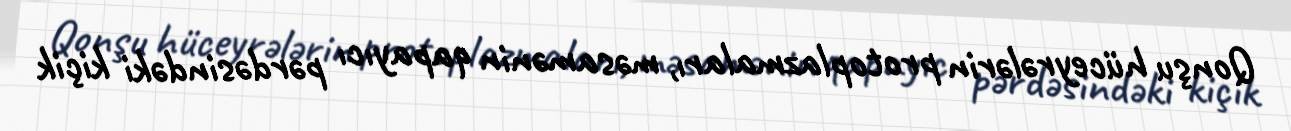
Qonşu hüceyrələrin protoplazmaları, məsamənin qapayıcı pərdəsindəki kiçik